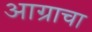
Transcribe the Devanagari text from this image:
आग्राचा